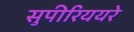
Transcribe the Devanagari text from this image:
सुपीरिययरे